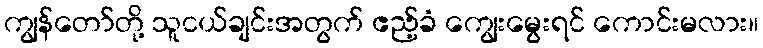
ကျွန်တော်တို့ သူငယ်ချင်းအတွက် ဧည့်ခံ ကျွေးမွေးရင် ကောင်းမလား။